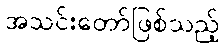
အသင်းတော်ဖြစ်သည့်